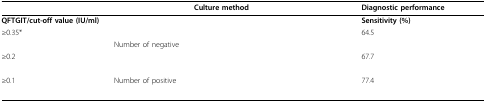
<table><thead><tr><td>[EMPTY_CELL]</td><td>[EMPTY_CELL]</td><td colspan="2"><b>Culture method</b></td><td colspan="2"><b>Diagnostic performance</b></td></tr></thead><tbody><tr><td><b>QFTGIT/cut-off value (IU/ml)</b></td><td>[EMPTY_CELL]</td><td>[EMPTY_CELL]</td><td>[EMPTY_CELL]</td><td><b>Sensitivity (%)</b></td><td>[EMPTY_CELL]</td></tr><tr><td>≥ 0.35*</td><td>[EMPTY_CELL]</td><td>[EMPTY_CELL]</td><td>[EMPTY_CELL]</td><td>64.5</td><td>[EMPTY_CELL]</td></tr><tr><td>[EMPTY_CELL]</td><td>Number of negative</td><td>[EMPTY_CELL]</td><td>[EMPTY_CELL]</td><td>[EMPTY_CELL]</td><td>[EMPTY_CELL]</td></tr><tr><td>≥ 0.2</td><td>[EMPTY_CELL]</td><td>[EMPTY_CELL]</td><td>[EMPTY_CELL]</td><td>67.7</td><td>[EMPTY_CELL]</td></tr><tr><td>[EMPTY_CELL]</td><td>[EMPTY_CELL]</td><td>[EMPTY_CELL]</td><td>[EMPTY_CELL]</td><td>[EMPTY_CELL]</td><td>[EMPTY_CELL]</td></tr><tr><td>≥ 0.1</td><td>Number of positive</td><td>[EMPTY_CELL]</td><td>[EMPTY_CELL]</td><td>77.4</td><td>[EMPTY_CELL]</td></tr><tr><td>[EMPTY_CELL]</td><td>[EMPTY_CELL]</td><td>[EMPTY_CELL]</td><td>[EMPTY_CELL]</td><td>[EMPTY_CELL]</td><td>[EMPTY_CELL]</td></tr></tbody></table>